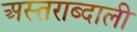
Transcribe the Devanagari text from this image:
अस्तराब्दाली